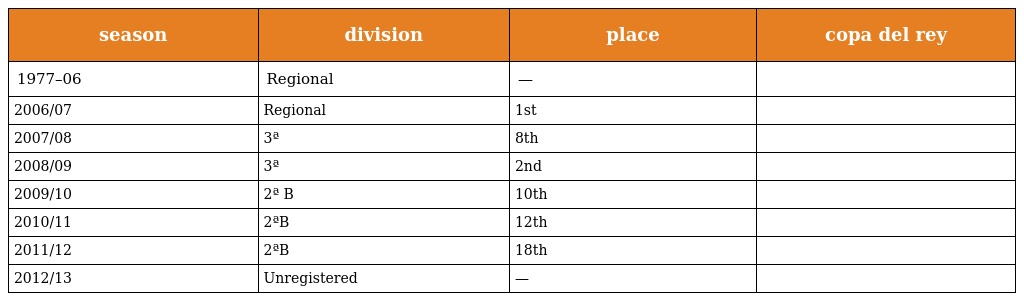
| season | division | place | copa del rey |
 | --- | --- | --- | --- |
 | 1977–06 | Regional | — |  |
 | 2006/07 | Regional | 1st |  |
 | 2007/08 | 3ª | 8th |  |
 | 2008/09 | 3ª | 2nd |  |
 | 2009/10 | 2ª B | 10th |  |
 | 2010/11 | 2ªB | 12th |  |
 | 2011/12 | 2ªB | 18th |  |
 | 2012/13 | Unregistered | — |  |